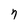
Character: 7